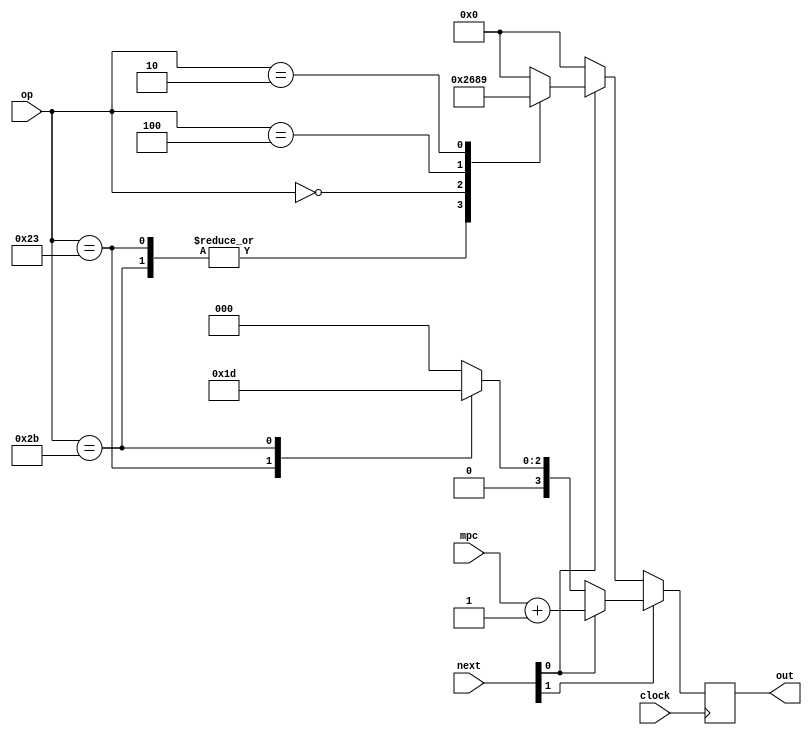
module micro_mux(
	input clock,
	input [5:0] op,
	input [3:0] mpc,
	input [1:0] next,
	output reg [3:0] out
);

	always @(posedge clock) begin
		if (next[1] == 0) begin
			if (next[0] == 0) begin // 00
				out <= 0;
			end else begin  // 01
				case (op)
					6'b100011: out <= 2; // LW
					6'b101011: out <= 2; // SW
					6'b000000: out <= 6; // R
					6'b000100: out <= 8; // BEQ
					6'b000010: out <= 9; // J
					default:   out <= 0;
				endcase
			end
		end
		else begin
			if (next[0] == 0) begin // 10
				case (op)
					6'b100011: out <= 3;
					6'b101011: out <= 5;
					default:   out <= 0;
				endcase
			end else begin // 11
				out <= mpc + 1;
			end
		end
	end

endmodule